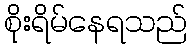
စိုးရိမ်နေရသည်